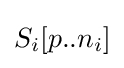
S_{i}[p..n_{i}]